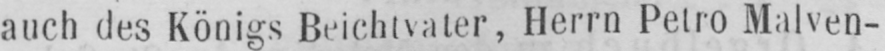
auch des Königs Beichtvater, Herrn Petro Malven-